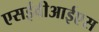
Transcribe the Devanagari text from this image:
एसईवीआईएस